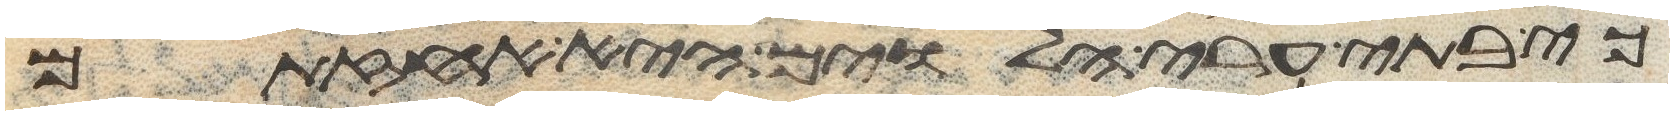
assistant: כי בתי ערי הלוים היא אחזתם